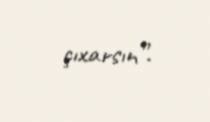
çıxarsın”.